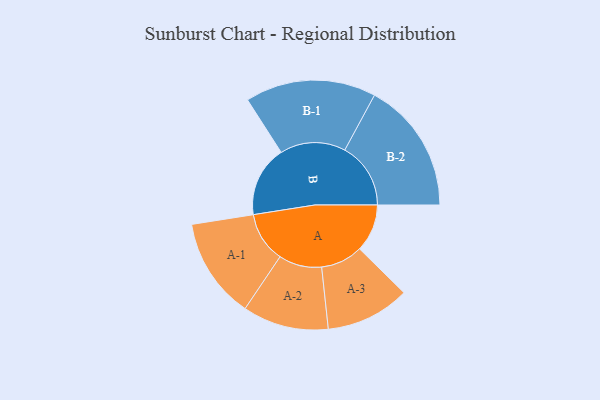
{"axis": {"x": "Segment", "y": "Value"}, "legend": ["", "A", "B"], "data": [{"x": "A", "y": 212, "type": ""}, {"x": "B", "y": 315, "type": ""}, {"x": "A-1", "y": 224, "type": "A"}, {"x": "A-2", "y": 191, "type": "A"}, {"x": "A-3", "y": 187, "type": "A"}, {"x": "B-1", "y": 291, "type": "B"}, {"x": "B-2", "y": 293, "type": "B"}]}